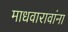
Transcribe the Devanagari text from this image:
माधवारावांना